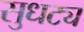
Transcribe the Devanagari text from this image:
सुधट्य